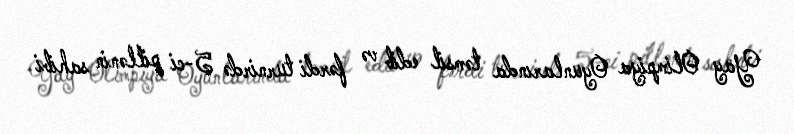
Yay Olimpiya Oyunlarında təmsil edib və fərdi turnirdə 5-ci pillənin sahibi